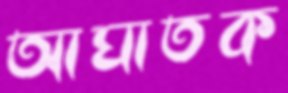
আঘাতক